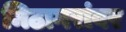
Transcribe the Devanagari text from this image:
मिठागरांवर